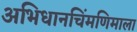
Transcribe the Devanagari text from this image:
अभिधानचिंमणिमाला